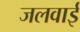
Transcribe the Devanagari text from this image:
जलवाई